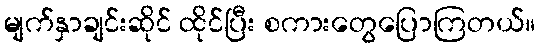
မျက်နှာချင်းဆိုင် ထိုင်ပြီး စကားတွေပြောကြတယ်။